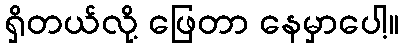
ရှိတယ်လို့ ဖြေတာ နေမှာပေါ့။